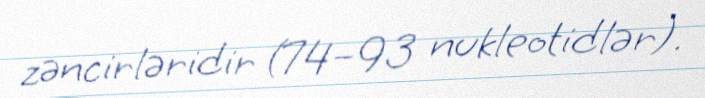
zəncirləridir (74–93 nukleotidlər).